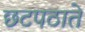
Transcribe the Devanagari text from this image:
छटपठाते